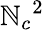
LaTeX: {{\mathbb{N}}_{c}}^{2}